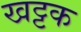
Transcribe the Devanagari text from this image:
खट्टक